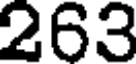
263